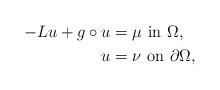
LaTeX: \begin{align*}-L u + g\circ u & = \mu\,\,\mbox{in}\,\,\Omega,\\u & = \nu\,\,\mbox{on}\,\,\partial\Omega, \end{align*}